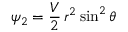
\psi _ { 2 } = \frac { V } { 2 } \, r ^ { 2 } \sin ^ { 2 } \theta